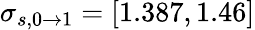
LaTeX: \sigma_{s,0\rightarrow 1}=[1.387,1.46]